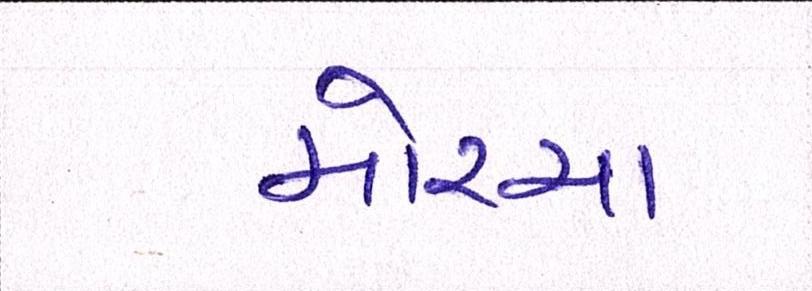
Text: મોરચા